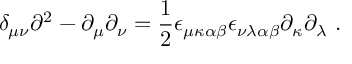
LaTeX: \delta _ { \mu \nu } \partial ^ { 2 } - \partial _ { \mu } \partial _ { \nu } = \frac { 1 } { 2 } \epsilon _ { \mu \kappa \alpha \beta } \epsilon _ { \nu \lambda \alpha \beta } \partial _ { \kappa } \partial _ { \lambda } \ .